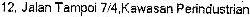
12, JALAN TAMPOI 7/4,KAWASAN PERINDUSTRIAN